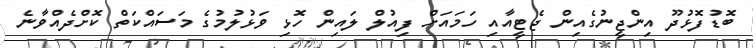
ބޮޑުފޮޅުދޫ އިންޖީނުގެއިން ޖެޓީއާއި ހަމައަށް ފިއުލް ލައިން ހޮޅި ވަޅުލުމުގެ މަސައްކަތް ކޮށްދެއްވާނެ